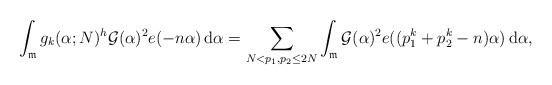
LaTeX: \begin{align*}\int_{\mathfrak m}g_k(\alpha;N)^h\mathcal G(\alpha)^2e(-n\alpha)\,{\rm d}\alpha =\sum_{N<p_1,p_2\le 2N}\int_{\mathfrak m}\mathcal G(\alpha)^2e((p_1^k+p_2^k-n)\alpha)\,{\rm d}\alpha ,\end{align*}